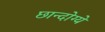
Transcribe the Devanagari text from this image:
छान्दोग्ये